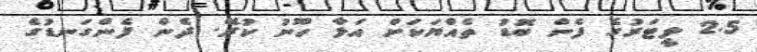
2.5 ލީޓަރުގެ ފެން ބޮޑު ތެއްޔަކަށް އަޅާ ހޫނު ކުރޭ. ދެން ފެންގަނޑުގެ